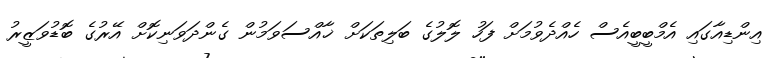
އިންޑިއާގައި އެމްބީބީއެސް ހެއްދެވުމަށް ފަހު ލޮލުގެ ބަލިތަކަށް ޚާއްސަވަމުން ގެންދަވަނިކޮށް އޭރުގެ ބޮޑުވަޒީރު